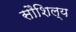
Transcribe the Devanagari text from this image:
सौशिल्य